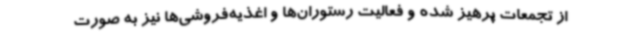
از تجمعات پرهیز شده و فعالیت رستوران‌ها و اغذیه‌فروشی‌ها نیز به صورت